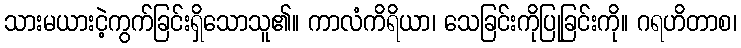
သားမယားငဲ့ကွက်ခြင်းရှိသောသူ၏။ ကာလံကိရိယာ၊ သေခြင်းကိုပြုခြင်းကို။ ဂရဟိတာစ၊